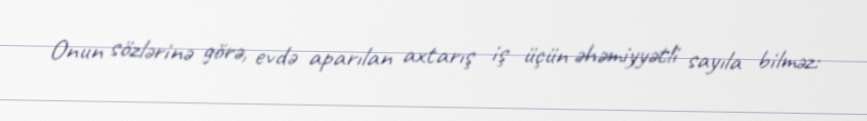
Onun sözlərinə görə, evdə aparılan axtarış iş üçün əhəmiyyətli sayıla bilməz: